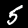
Label: 5